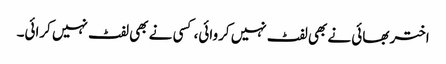
اختر بھائی نے بھی لفٹ نہیں کروائی، کسی نے بھی لفٹ نہیں کرائی۔